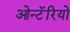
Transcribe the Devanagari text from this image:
ओन्टॅरियो